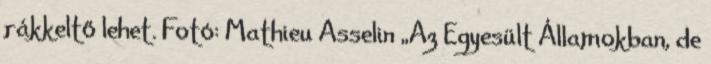
rákkeltő lehet. Fotó: Mathieu Asselin „Az Egyesült Államokban, de